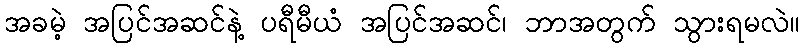
အခမဲ့ အပြင်အဆင်နဲ့ ပရီမီယံ အပြင်အဆင်၊ ဘာအတွက် သွားရမလဲ။